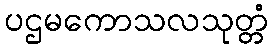
ပဌမကောသလသုတ္တံ